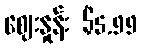
ဈေးနှုန်း $5.99